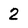
Character: 2